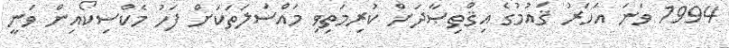
1994 ވަނަ އަހަރު ޤައުމުގެ އިޤްތިޞާދަށް ކުރިމަތިވި މައްސަލަތަކަށް ފަހު މެކްސިކޯއިން ވަނީ